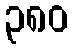
၃၈၀